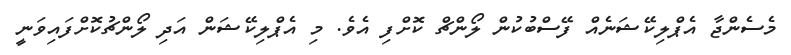
މެސެންޖާ އެޕްލިކޭޝަނެއް ފޭސްބުކުން ލޯންޗް ކޮށްފި އެވެ. މި އެޕްލިކޭޝަން އަދި ލޯންޗުކޮށްފައިވަނީ